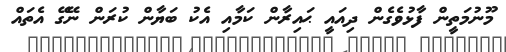
މޫނުމަތީން ފާޅުވެގެން ދިއައީ ޙައިރާން ކަމާއި އެކު ބަޔާން ކުރަން ނޭގޭ އެތައް